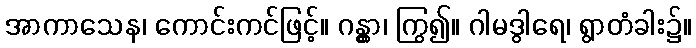
အာကာသေန၊ ကောင်းကင်ဖြင့်။ ဂန္တွာ၊ ကြွ၍။ ဂါမဒွါရေ၊ ရွာတံခါး၌။